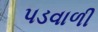
પડવાળી